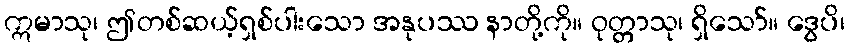
ဣမာသု၊ ဤတစ်ဆယ့်ရှစ်ပါးသော အနုပဿ နာတို့ကို။ ဝုတ္တာသု၊ ရှိသော်။ ဒွေပိ၊